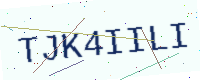
Text: TJK4IILI